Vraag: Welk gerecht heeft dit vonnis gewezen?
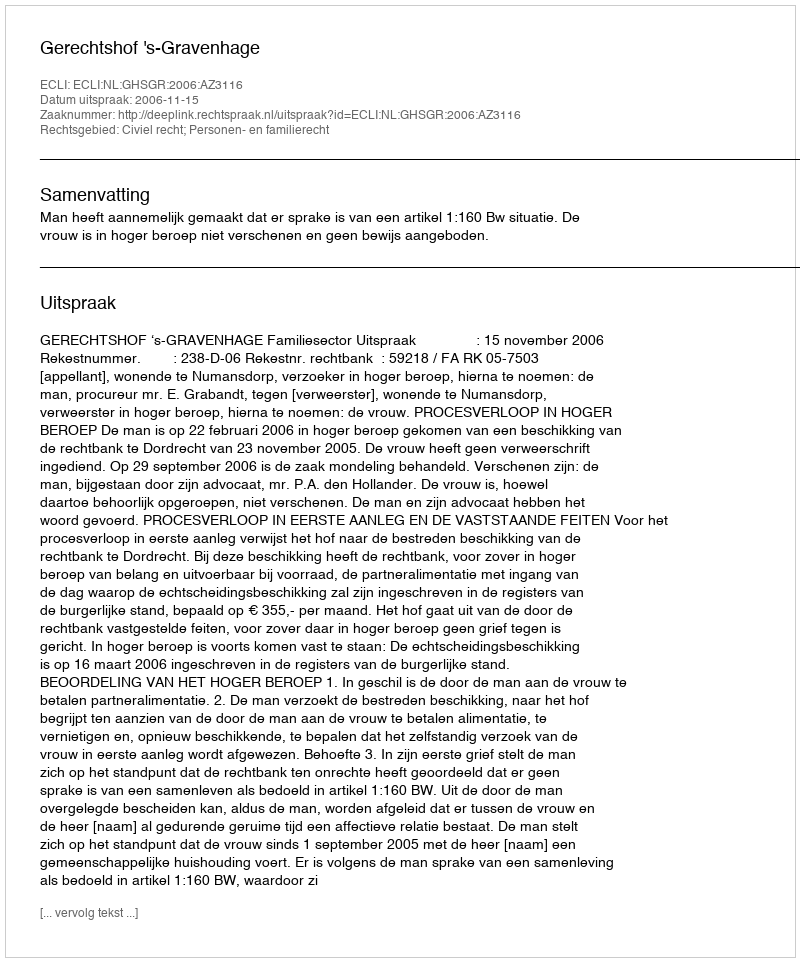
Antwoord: Gerechtshof 's-Gravenhage